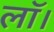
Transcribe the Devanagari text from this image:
लॉ।